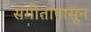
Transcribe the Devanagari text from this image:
संगीतापासून